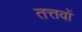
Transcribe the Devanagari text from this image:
तत्तवों